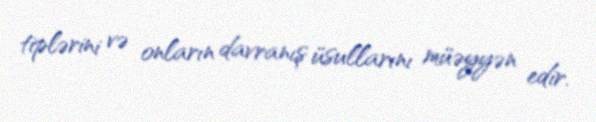
tiplərini və onların davranış üsullarını müəyyən edir.